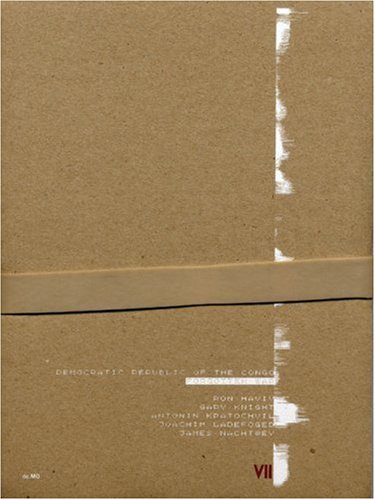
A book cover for Forgotten War: Democratic Republic of the Congo; Travel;